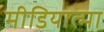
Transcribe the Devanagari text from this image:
मीडियात्मा